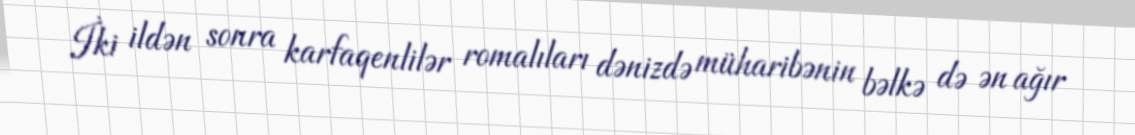
İki ildən sonra karfaqenlilər romalıları dənizdə müharibənin bəlkə də ən ağır